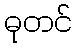
ဓုတင်